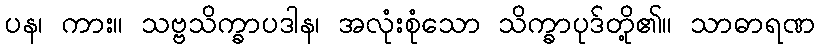
ပန၊ ကား။ သဗ္ဗသိက္ခာပဒါန၊ အလုံးစုံသော သိက္ခာပုဒ်တို့၏။ သာဓာရဏ